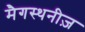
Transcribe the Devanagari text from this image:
मैगस्थनीज़